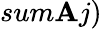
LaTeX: sum\mathbf{A}j)